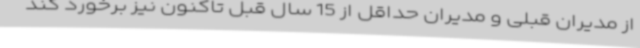
از مدیران قبلی و مدیران حداقل از 15 سال قبل تاکنون نیز برخورد کند